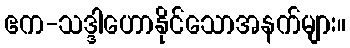
ဧက-သဒ္ဒါဟောနိုင်သောအနက်များ။